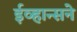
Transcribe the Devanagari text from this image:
ईव्हान्सने